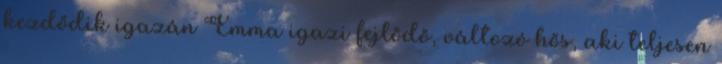
kezdődik igazán Emma igazi fejlődő, változó hős, aki teljesen